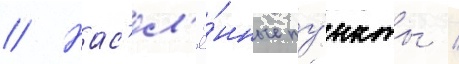
// Нас'ел'ё́нные пу́нкты /